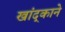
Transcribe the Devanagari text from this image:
खांद्काने